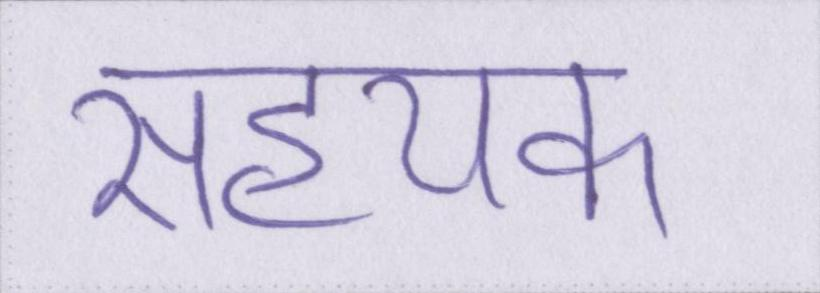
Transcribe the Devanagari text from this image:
सहयक